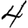
Digit: 4